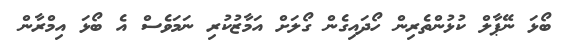
ބޯޅަ ނޭޕާލް ކުޅުންތެރިން ހޯދައިގެން ގޯލަށް އަމާޒުކުރި ނަމަވެސް އެ ބޯޅަ އިމްރާން